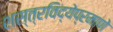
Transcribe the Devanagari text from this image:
शस्त्रविद्येप्रमाणे